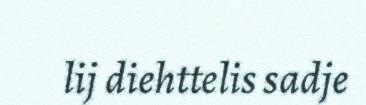
lij diehttelis sadje